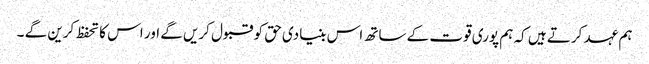
ہم عہد کرتے ہیں کہ ہم پوری قوت کے ساتھ اس بنیادی حق کو قبول کریں گے اور اس کا تحفظ کرین گے ۔